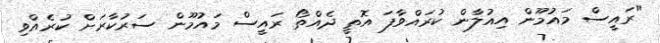
"ރައީސް މައުމޫން އިއުލާން ކުރައްވާފަ އޮތީ ދެއްތޯ ރައީސް މައުމޫން ސަރުކާރަށް ކުރެއްވި